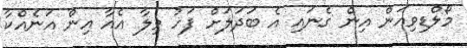
މޯލްޑިވިއަން އިން ގެނައި އެ ބަދަލަށް ފަހު ވިލާ އެއާ އިން އަނެއްކާ